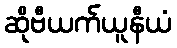
ဆိုဗီယက်ယူနီယံ